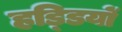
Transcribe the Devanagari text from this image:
हडि्‍डयों